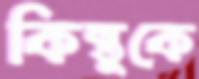
কিন্তুকে